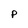
Character: p